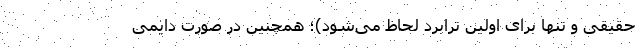
حقیقی و تنها برای اولین ترابرد لحاظ می‌شود)؛ همچنین در صورت دایمی